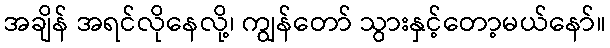
အချိန် အရင်လိုနေလို့၊ ကျွန်တော် သွားနှင့်တော့မယ်နော်။